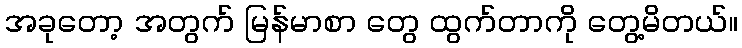
အခုတော့ အတွက် မြန်မာစာ တွေ ထွက်တာကို တွေ့မိတယ်။